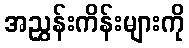
အညွှန်းကိန်းများကို